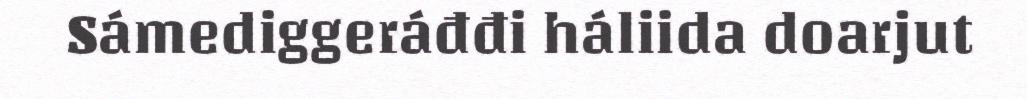
Sámediggeráđđi háliida doarjut